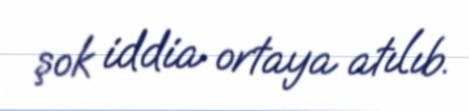
şok iddia ortaya atılıb.